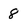
Character: 8